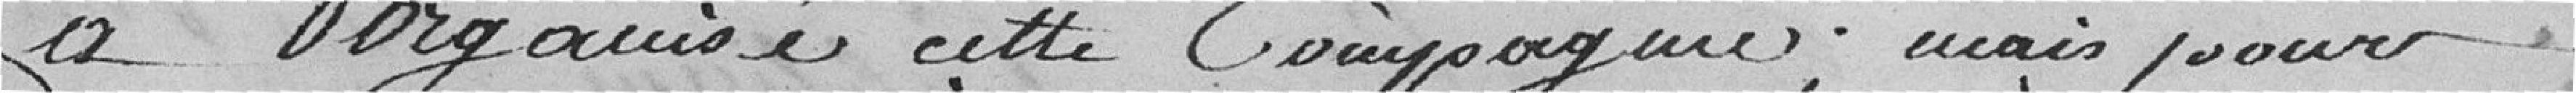
a organisé cette compagnie; mais pour